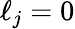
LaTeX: \ell_{j}=0